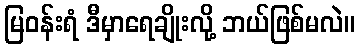
မြဝန်းရံ ဒီမှာရေချိုးလို့ ဘယ်ဖြစ်မလဲ။